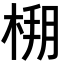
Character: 𣔒